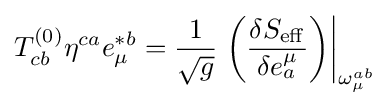
T_{cb}^{(0)}\eta ^{ca}e_{\mu }^{*b}={\frac {1}{\sqrt {g}}}\left.\left({\frac {\delta S_{\rm {eff}}}{\delta e_{a}^{\mu }}}\right)\right|_{\omega _{\mu }^{ab}}